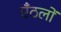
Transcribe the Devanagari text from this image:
एँठलों